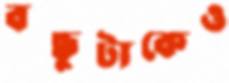
বন্ধুটাকেও